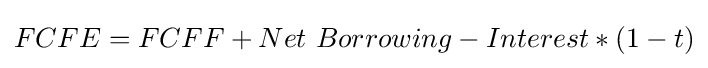
FCFE=FCFF+Net\ Borrowing-Interest*(1-t)